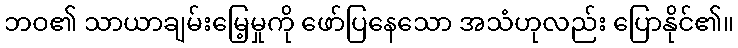
ဘဝ၏ သာယာချမ်းမြေ့မှုကို ဖော်ပြနေသော အသံဟုလည်း ပြောနိုင်၏။